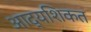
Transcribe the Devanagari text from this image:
आद्यशिकत